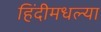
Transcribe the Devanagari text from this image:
हिंदीमधल्या